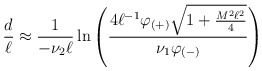
\begin{align*}{d \over \ell}\approx {1\over -\nu_2\ell}\ln\left( {4\ell^{-1}\varphi_{(+)} \sqrt{1+{M^2\ell^2\over4}} \over \nu_1\varphi_{(-)}}\right)\end{align*}